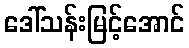
ဒေါ်သန်းမြင့်အောင်